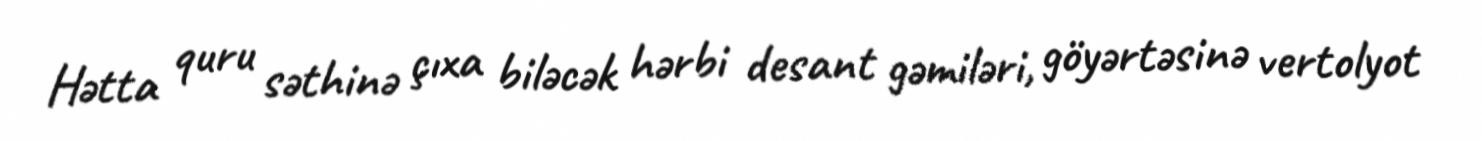
Hətta quru səthinə çıxa biləcək hərbi desant gəmiləri, göyərtəsinə vertolyot